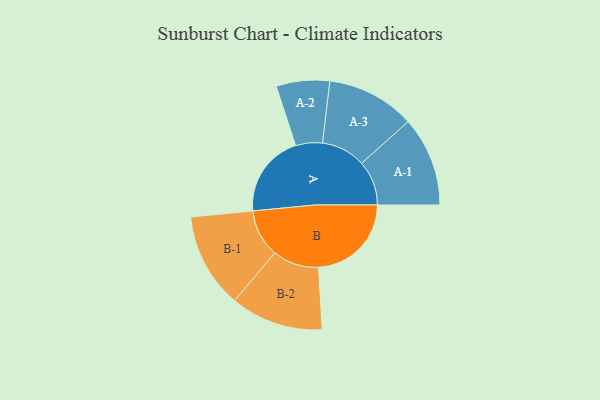
{"axis": {"x": "Segment", "y": "Value"}, "legend": ["", "A", "B"], "data": [{"x": "A", "y": 416, "type": ""}, {"x": "B", "y": 466, "type": ""}, {"x": "A-1", "y": 225, "type": "A"}, {"x": "A-2", "y": 134, "type": "A"}, {"x": "A-3", "y": 222, "type": "A"}, {"x": "B-1", "y": 239, "type": "B"}, {"x": "B-2", "y": 233, "type": "B"}]}